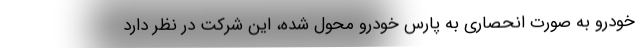
خودرو به صورت انحصاری به پارس خودرو محول شده، این شرکت در نظر دارد